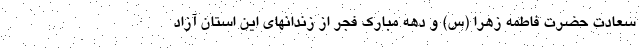
سعادت حضرت فاطمه زهرا (س) و دهه مبارک فجر از زندانهای این استان آزاد